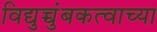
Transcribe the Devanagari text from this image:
विद्युच्चुंबकत्वाच्या